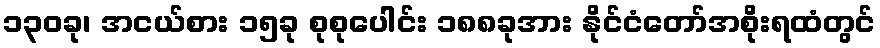
၁၃၀ခု၊ အငယ်စား ၁၅ခု စုစုပေါင်း ၁၈၈ခုအား နိုင်ငံတော်အစိုးရထံတွင်